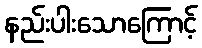
နည်းပါးသောကြောင့်